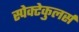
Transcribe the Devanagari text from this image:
स्पेक्टेकुलर्स